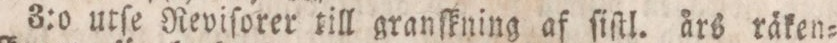
3:o utſe Reviſorer till granſkning af ſiſtl. års räken=